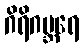
ဂိရိဂဗ္ဘရေ